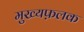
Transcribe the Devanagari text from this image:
मुख्यफ़लक